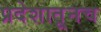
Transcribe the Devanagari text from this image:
प्रदेशातूनच